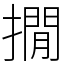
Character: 撊